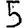
Digit: 5